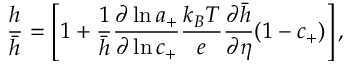
\frac { h } { \bar { h } } = \left[ 1 + \frac { 1 } { \bar { h } } \frac { \partial \ln { a _ { + } } } { \partial \ln { c _ { + } } } \frac { k _ { B } T } { e } \frac { \partial \bar { h } } { \partial \eta } ( 1 - c _ { + } ) \right] ,